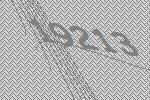
19213